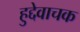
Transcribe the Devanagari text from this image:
हुद्देवाचक